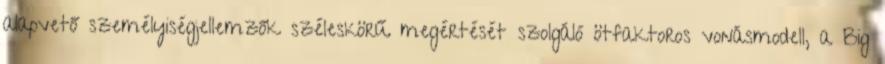
alapvető személyiségjellemzők széleskörű megértését szolgáló ötfaktoros vonásmodell, a Big